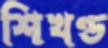
শিখণ্ড